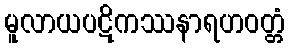
မူလာယပဋိကဿနာရဟဝတ္တံ